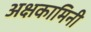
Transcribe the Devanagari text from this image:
अक्षकामिनी